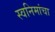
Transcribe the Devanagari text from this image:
स्वनिमांचा